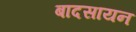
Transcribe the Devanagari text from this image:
बादसायन